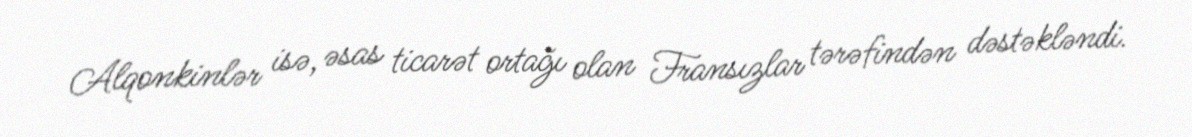
Alqonkinlər isə, əsas ticarət ortağı olan Fransızlar tərəfindən dəstəkləndi.